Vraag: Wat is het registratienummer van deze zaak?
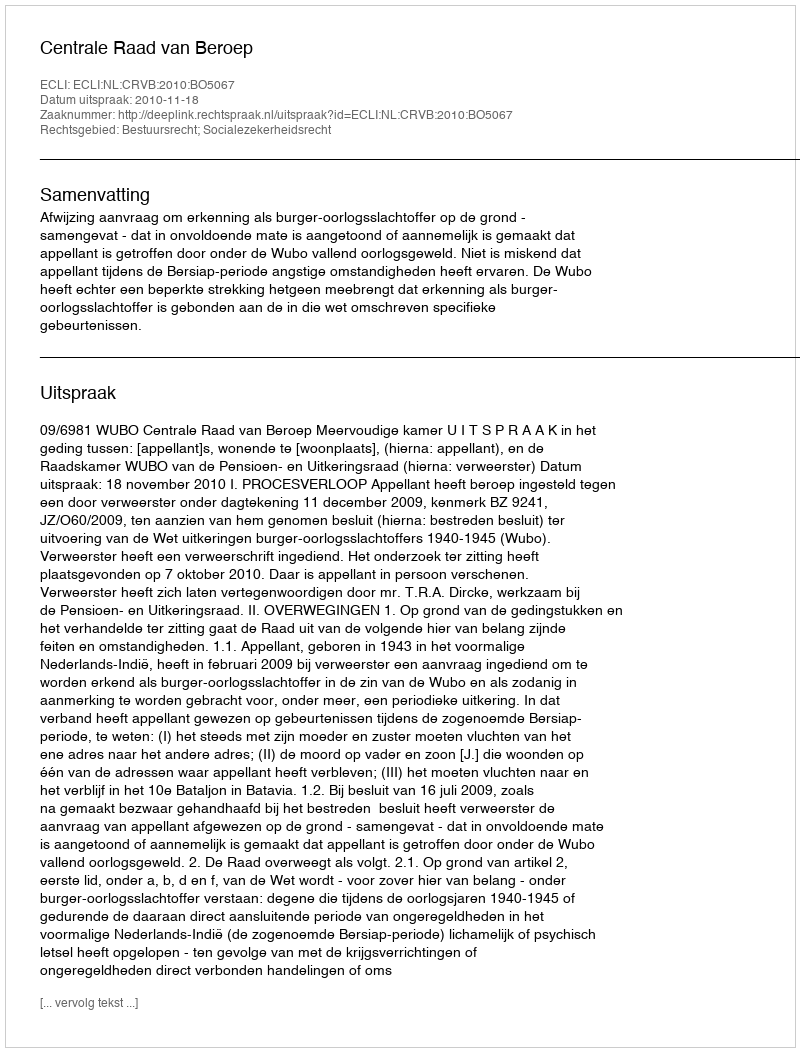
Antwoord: http://deeplink.rechtspraak.nl/uitspraak?id=ECLI:NL:CRVB:2010:BO5067